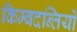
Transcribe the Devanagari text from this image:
किम्बदन्तियों